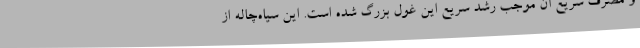
و مصرف سریع آن موجب رشد سریع این غول بزرگ شده است. این سیاه‌چاله از